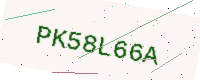
Text: PK58L66A